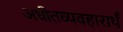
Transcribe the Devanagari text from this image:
अधीतव्यवहारार्थं